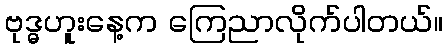
ဗုဒ္ဓဟူးနေ့က ကြေညာလိုက်ပါတယ်။